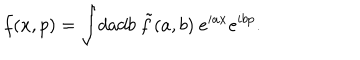
LaTeX: f ( x , p ) = \int \! d a d b ~ \tilde { f } ( a , b ) ~ e ^ { i a x } e ^ { i b p } .